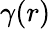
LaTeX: \gamma(r)